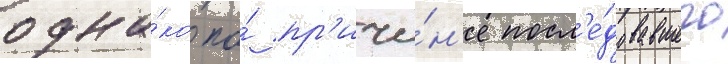
одна́ко по́ пр'ичи́н'е посл'е́довавшего